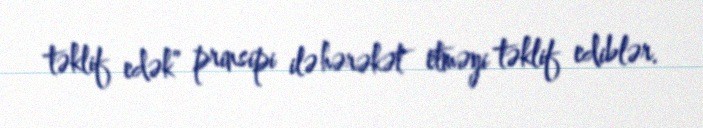
təklif edək” prinsipi ilə hərəkət etməyi təklif ediblər.